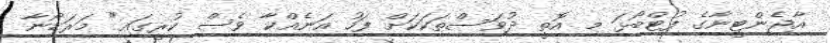
އާޖެންޓީނާގެ ފުޓްބޯޅަ މި އޮތީ ދުވަސްތަކަކަށް ފަހު އަނެއްކާ ވެސް ކުރީގައި" މަރަޑޯނާ